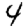
Digit: 4